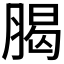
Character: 𦝲